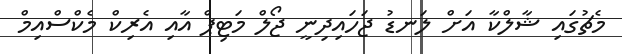
މެޗުގައި ޝާލްކާ އަށް ލަނޑު ޖަހައިދިނީ ޖޯލް މަޓިޕް އާއި އެރިކް މެކްސްއިމް